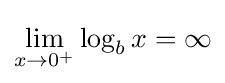
\lim _{x\to 0^{+}}\log _{b}x=\infty